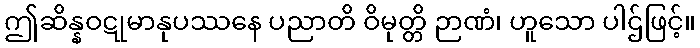
ဤဆိန္နဝဋုမာနုပဿနေ ပညာတိ ဝိမုတ္တိ ဉာဏံ၊ ဟူသော ပါဌ်ဖြင့်။